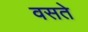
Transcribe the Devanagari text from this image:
वसते